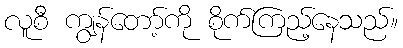
လူစီ ကျွန်တော့်ကို စိုက်ကြည့်နေသည်။